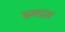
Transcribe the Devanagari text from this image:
ढगास